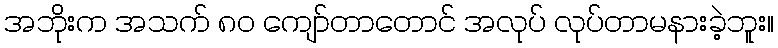
အဘိုးက အသက် ၈၀ ကျော်တာတောင် အလုပ် လုပ်တာမနားခဲ့ဘူး။